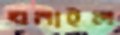
ঘনাইল